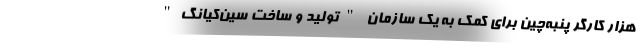
هزار کارگر پنبه‌چین برای کمک به یک سازمان "تولید و ساخت سین‌کیانگ"